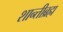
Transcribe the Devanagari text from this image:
शान्तीब्रह्म